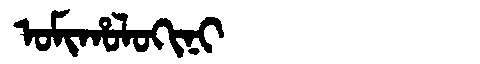
Manchu: ᠣᠮᡳᡥᠣᠯᠣᡴᡳᠨᡳ
Romanization: OMIHOLOKINI